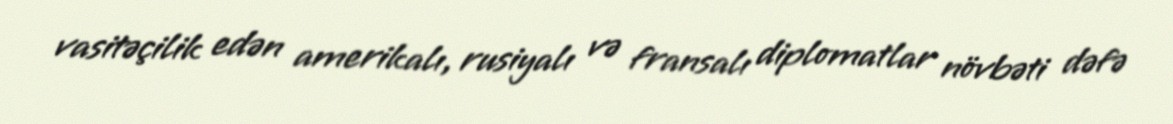
vasitəçilik edən amerikalı, rusiyalı və fransalı diplomatlar növbəti dəfə